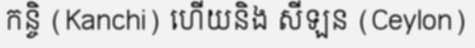
កន្ចិ (Kanchi) ហើយនិង សីឡន (Ceylon)